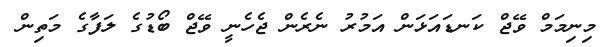
މިނިމަމް ވޭޖް ކަނޑައަޅަން އަމުރު ނެރެން ޖެހެނީ ވޭޖް ބޯޑުގެ ލަފާގެ މަތިން